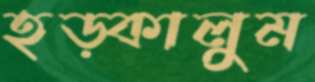
হড়্‌কালুম